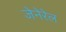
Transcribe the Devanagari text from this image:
जेनेरेल